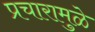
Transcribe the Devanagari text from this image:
प्रचारामुळे